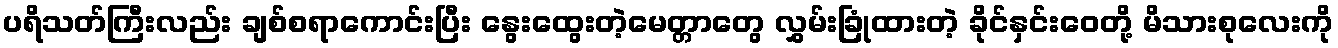
ပရိသတ်ကြီးလည်း ချစ်စရာကောင်းပြီး နွေးထွေးတဲ့မေတ္တာတွေ လွှမ်းခြုံထားတဲ့ ခိုင်နှင်းဝေတို့ မိသားစုလေးကို